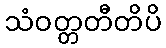
သံဝတ္တတီတိပိ